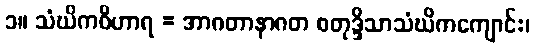
၁။ သံဃိကဝိဟာရ = အာဂတာနာဂတ စတုဒ္ဒိသာသံဃိကကျောင်း၊